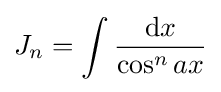
J_{n}=\int {\frac {{\text{d}}x}{\cos ^{n}{ax}}}\,\!